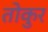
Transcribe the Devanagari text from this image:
तोकुर